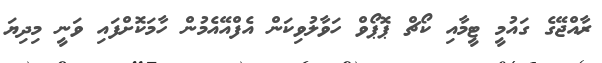
ރާއްޖޭގެ ގައުމީ ޓީމާއި ކޯޗް ޕޮޕޯވް ހަވާލުވިކަން އެފްއޭއެމުން ހާމަކޮށްފައި ވަނީ މިދިޔަ